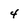
Character: 4